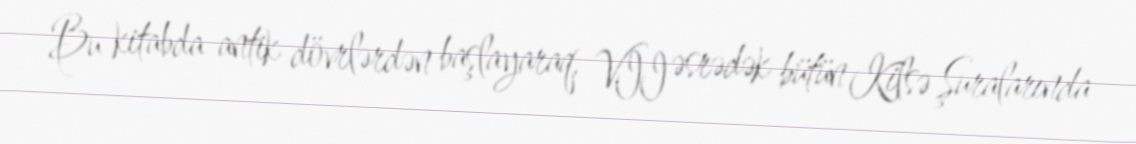
Bu kitabda antik dövrlərdən başlayaraq, VII əsrədək bütün Kilsə Şuralarında